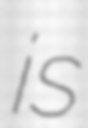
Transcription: is